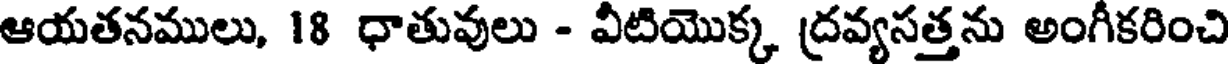
ఆయతనములు, 18 ధాతువులు - వీటియొక్క ద్రవ్యసత్తను అంగీకరించి